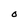
Character: O